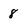
Character: 8